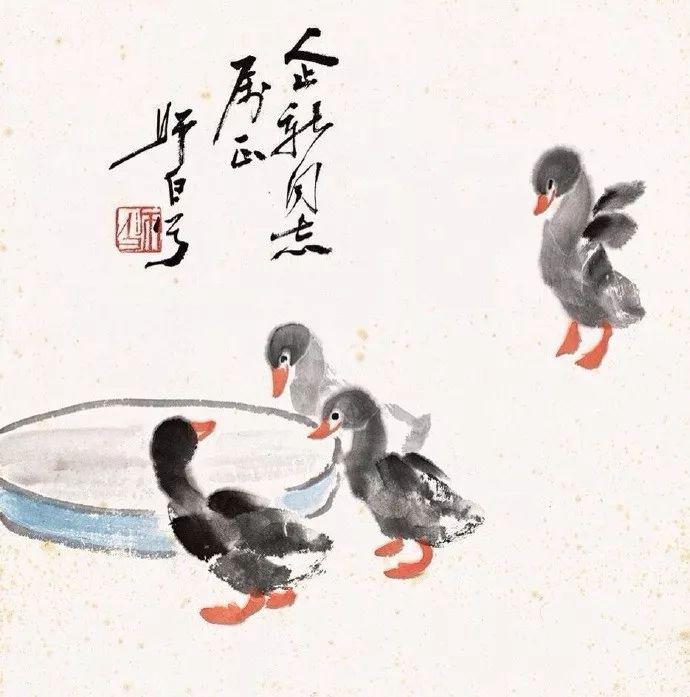
繁饰有命，以教众愚朴之人。